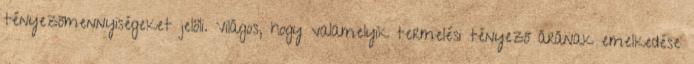
tényezőmennyiségeket jelöli. Világos, hogy valamelyik termelési tényező árának emelkedése